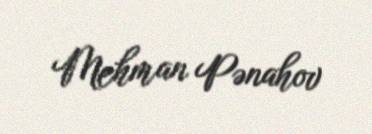
Mehman Pənahov